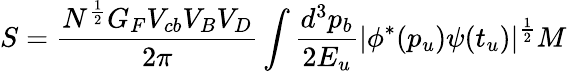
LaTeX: S={\frac{N^{\frac{1}{2}}G_{F}V_{cb}V_{B}V_{D}}{2\pi}}\int{\frac{d^{3}p_{b}}{2E_{u}}}|\phi^{*}(p_{u})\psi(t_{u})|^{\frac{1}{2}}M